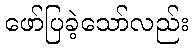
ဖော်ပြခဲ့သော်လည်း